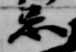
忌